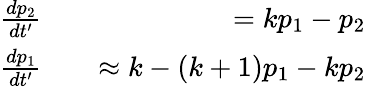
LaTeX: \begin{array}{rlr}{\frac{dp_{2}}{dt^{\prime}}}&{{}}&{=kp_{1}-p_{2}}\\ {\frac{dp_{1}}{dt^{\prime}}}&{{}}&{\approx k-(k+1)p_{1}-kp_{2}}\end{array}